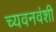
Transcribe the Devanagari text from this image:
च्यवनवंशी